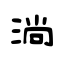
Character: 淌